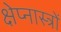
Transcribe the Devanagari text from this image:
क्षेप्नास्त्रों